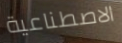
الاصطناعية